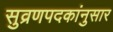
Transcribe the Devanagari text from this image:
सुव्रणपदकांनुसार